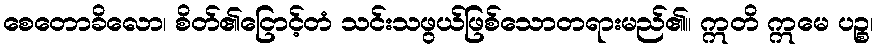
စေတောခိလော၊ စိတ်၏ငြောင့်တံ သင်းသဖွယ်ဖြစ်သောတရားမည်၏။ ဣတိ ဣမေ ပဉ္စ၊